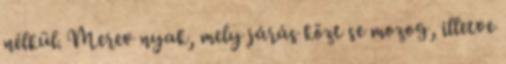
nélkül. Merev nyak, mely járás közt se mozog, illetve